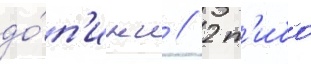
до́п'инг // 2 т'ибо